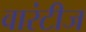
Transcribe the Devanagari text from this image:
वारंटीज